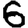
Digit: 6